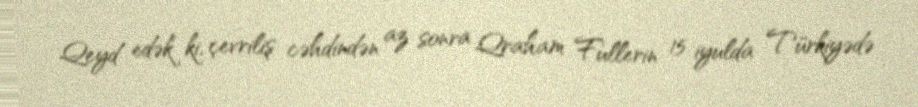
Qeyd edək ki, çevriliş cəhdindən az sonra Qraham Fullerin 15 iyulda Türkiyədə